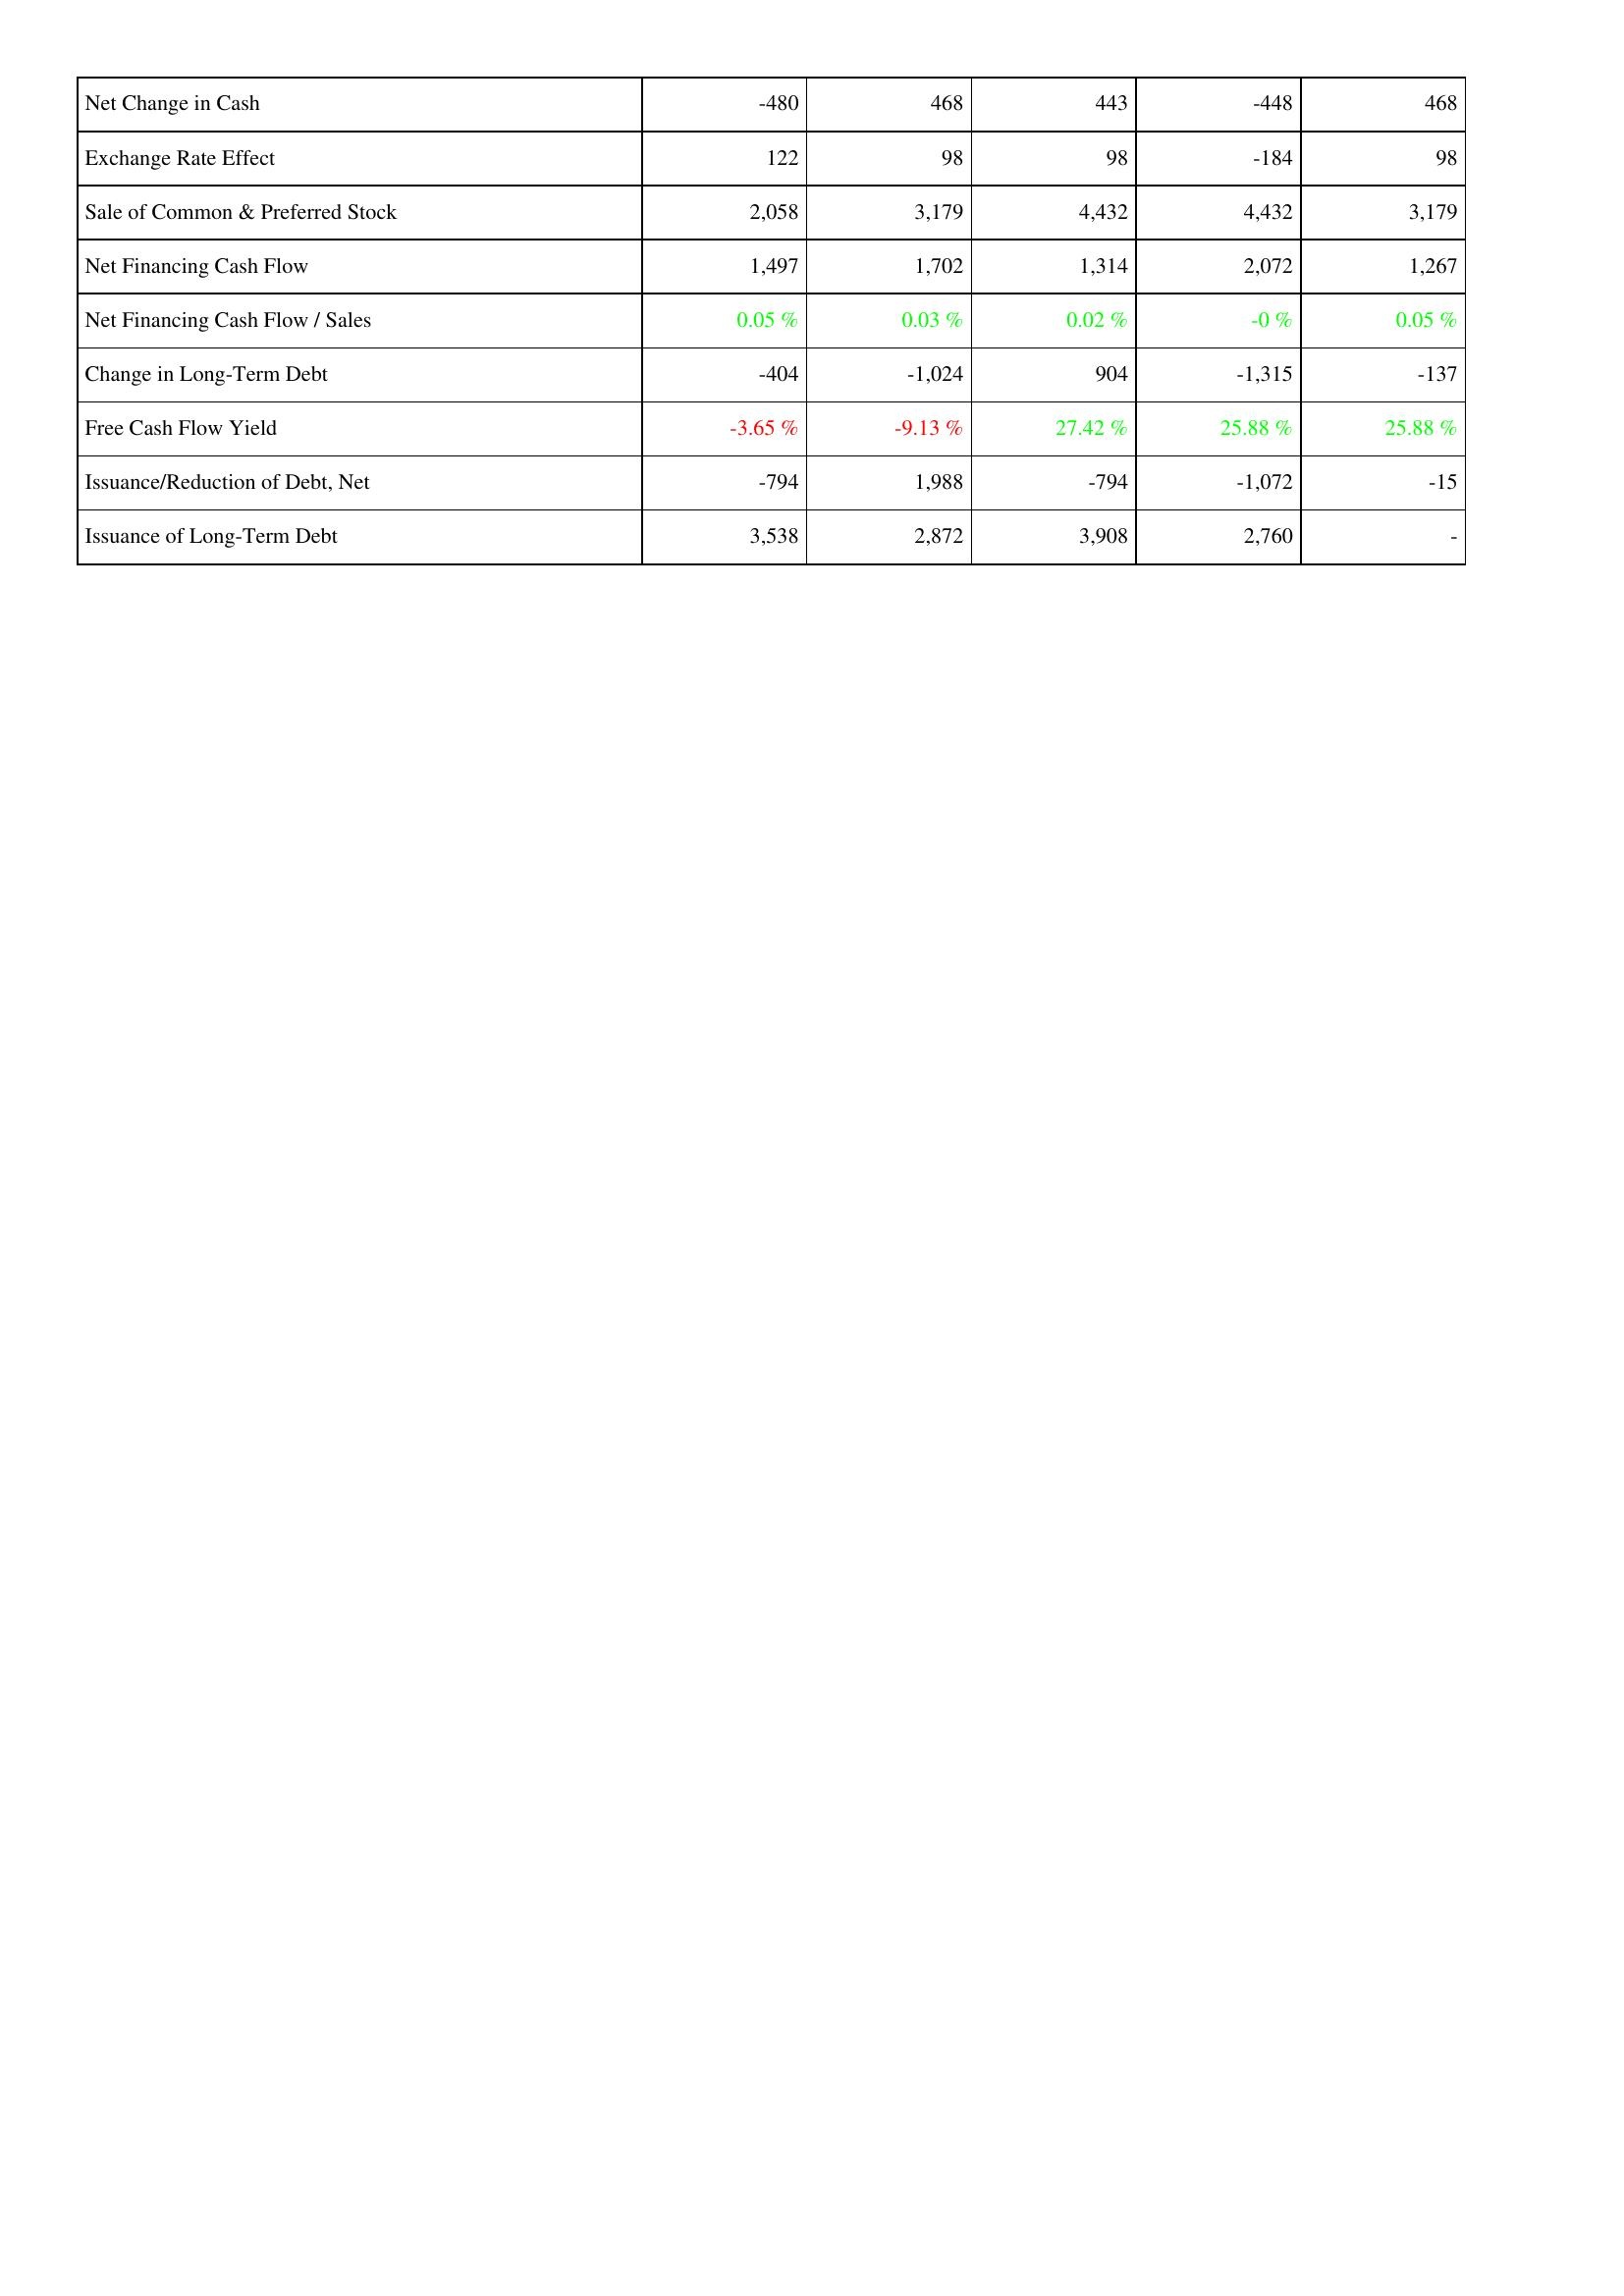
2022: Financing Activities: Net Change in Cash: -480
Exchange Rate Effect: 122
Sale of Common & Preferred Stock: 2,058
Net Financing Cash Flow: 1,497
Net Financing Cash Flow / Sales: 0.05 %
Change in Long-Term Debt: -404
Free Cash Flow Yield: -3.65 %
Issuance/Reduction of Debt, Net: -794
Issuance of Long-Term Debt: 3,538
2021: Financing Activities: Net Change in Cash: 468
Exchange Rate Effect: 98
Sale of Common & Preferred Stock: 3,179
Net Financing Cash Flow: 1,702
Net Financing Cash Flow / Sales: 0.03 %
Change in Long-Term Debt: -1,024
Free Cash Flow Yield: -9.13 %
Issuance/Reduction of Debt, Net: 1,988
Issuance of Long-Term Debt: 2,872
2020: Financing Activities: Net Change in Cash: 443
Exchange Rate Effect: 98
Sale of Common & Preferred Stock: 4,432
Net Financing Cash Flow: 1,314
Net Financing Cash Flow / Sales: 0.02 %
Change in Long-Term Debt: 904
Free Cash Flow Yield: 27.42 %
Issuance/Reduction of Debt, Net: -794
Issuance of Long-Term Debt: 3,908
2019: Financing Activities: Net Change in Cash: -448
Exchange Rate Effect: -184
Sale of Common & Preferred Stock: 4,432
Net Financing Cash Flow: 2,072
Net Financing Cash Flow / Sales: -0 %
Change in Long-Term Debt: -1,315
Free Cash Flow Yield: 25.88 %
Issuance/Reduction of Debt, Net: -1,072
Issuance of Long-Term Debt: 2,760
2018: Financing Activities: Net Change in Cash: 468
Exchange Rate Effect: 98
Sale of Common & Preferred Stock: 3,179
Net Financing Cash Flow: 1,267
Net Financing Cash Flow / Sales: 0.05 %
Change in Long-Term Debt: -137
Free Cash Flow Yield: 25.88 %
Issuance/Reduction of Debt, Net: -15
Issuance of Long-Term Debt: -